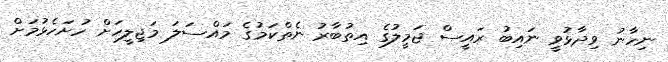
ނިހާނު ވިދާޅުވީ ނައިބު ރައީސް ޖަމީލުގެ އިތުބާރު ނެތްކަމުގެ މައްސަލަ މަޖިލީހަށް ހުށަހެޅުމަށް